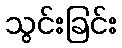
သွင်းခြင်း